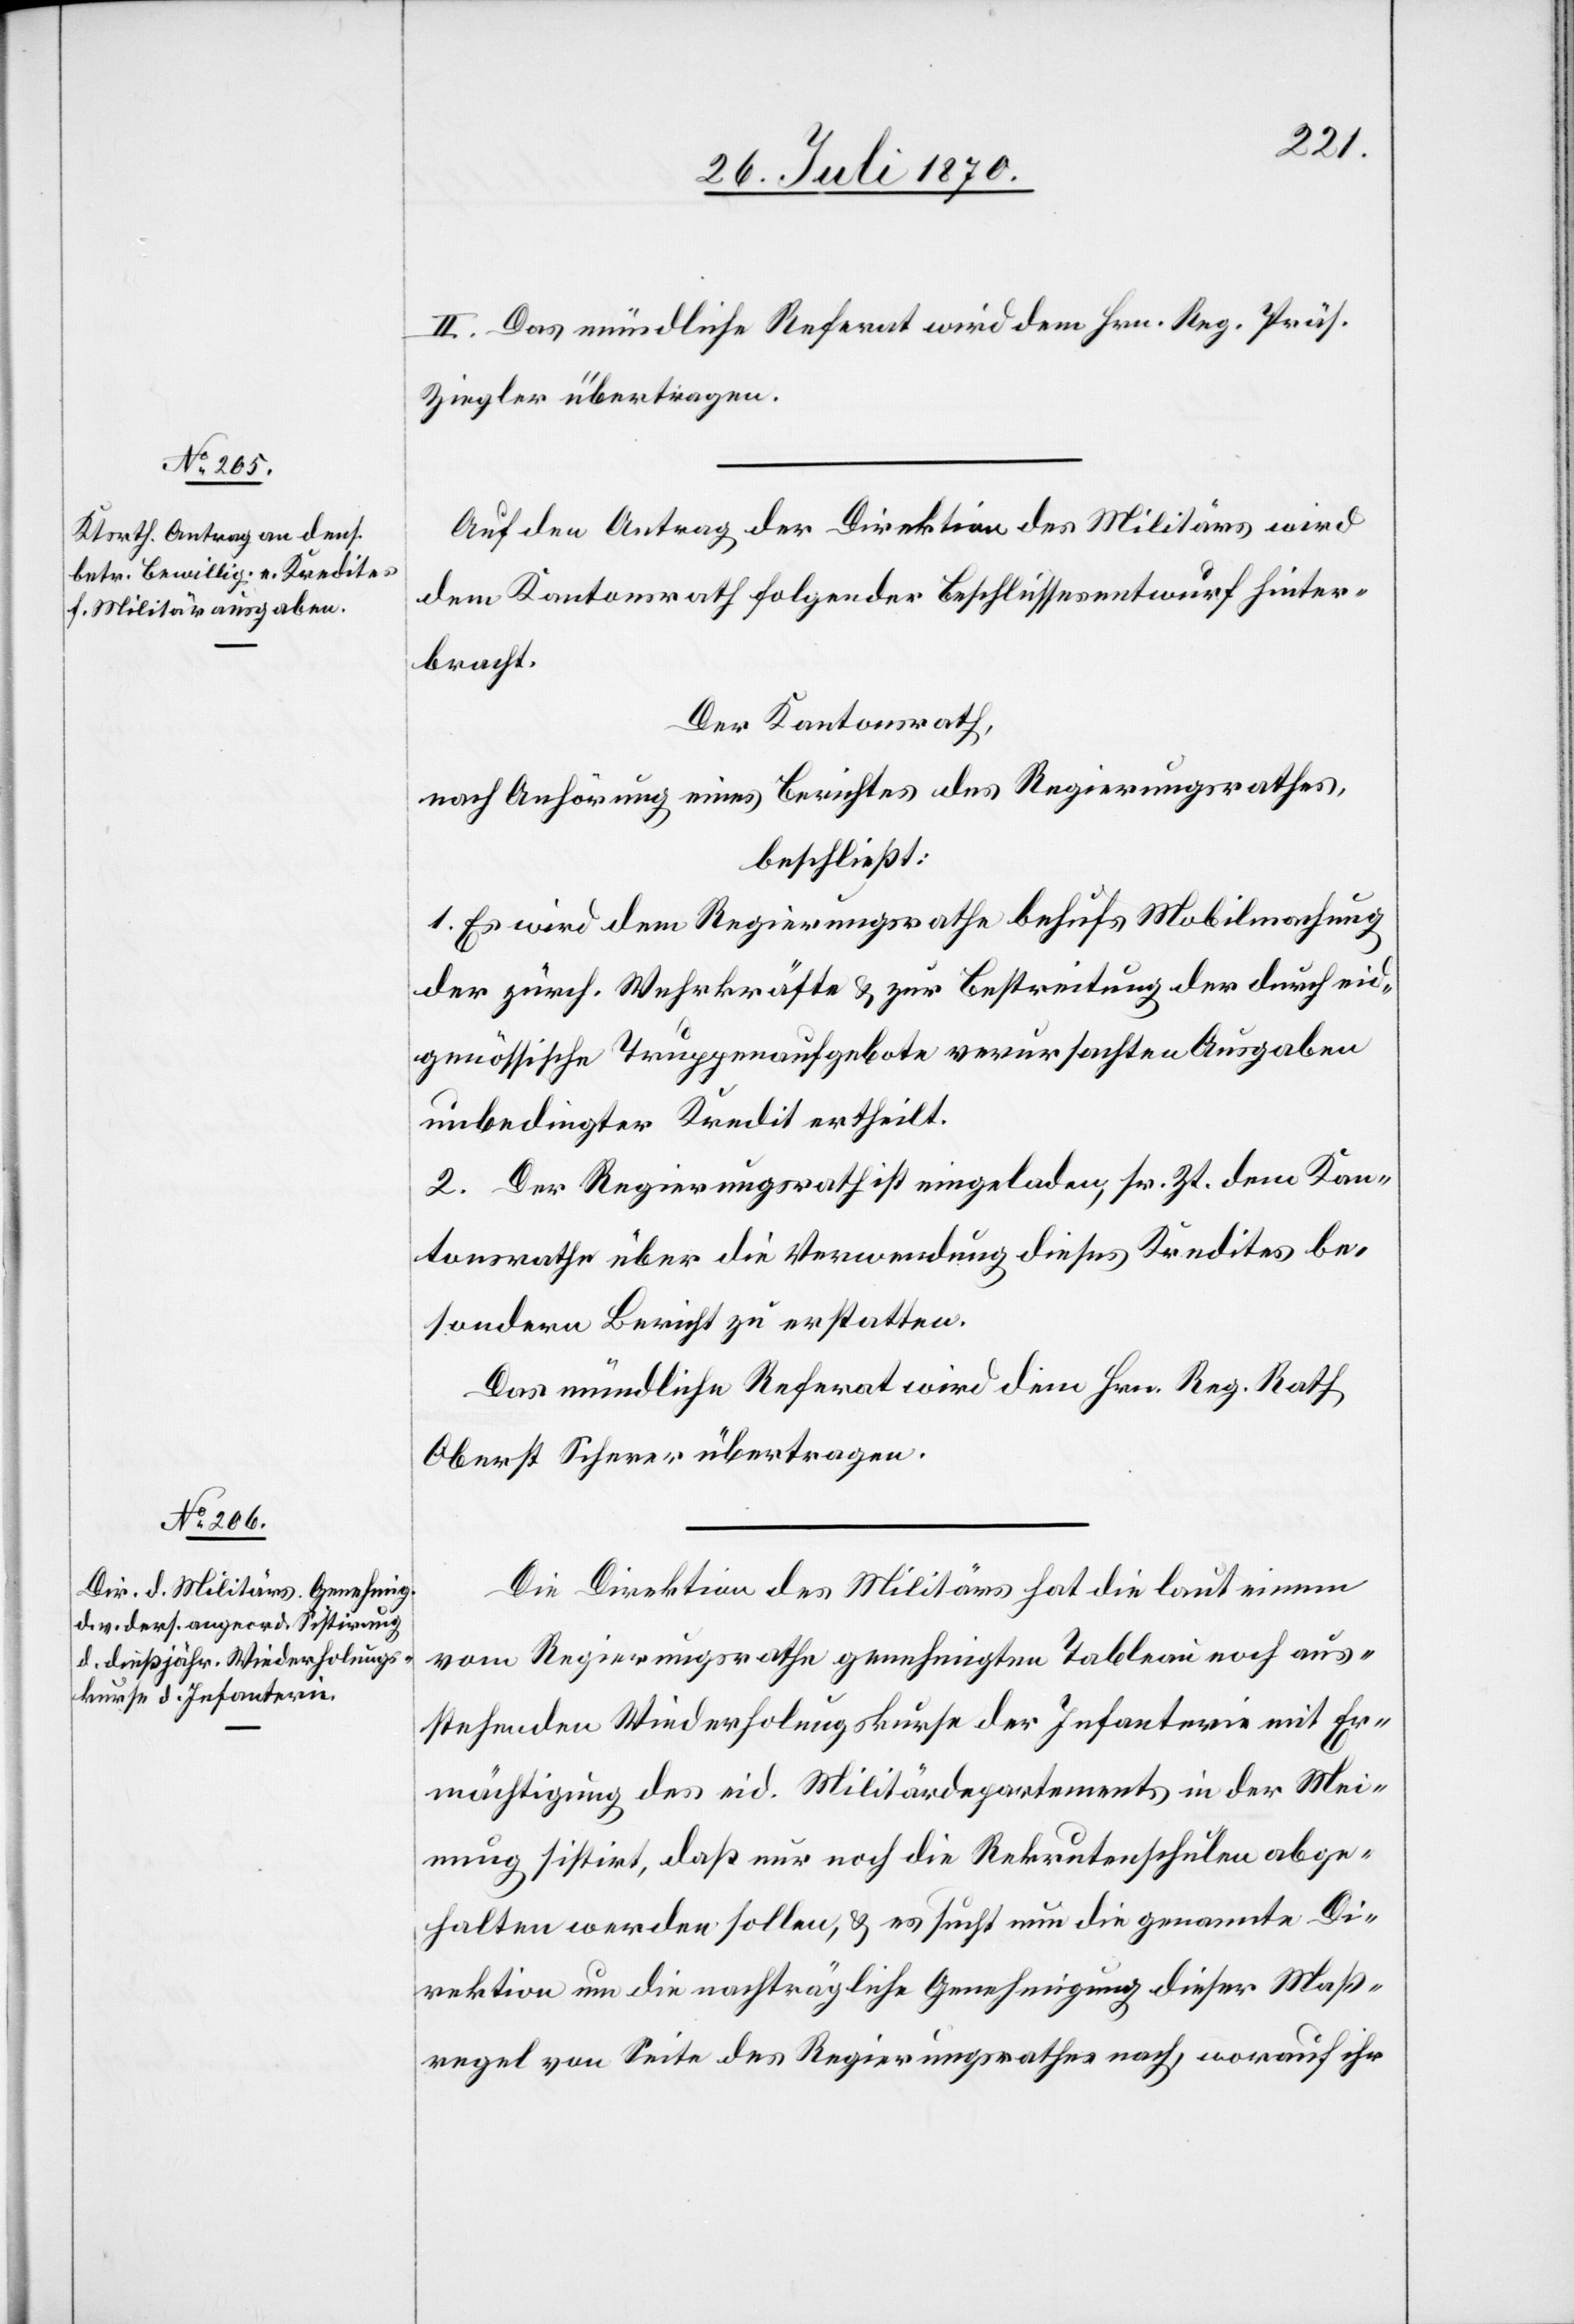
II. Das mündliche Referat wird dem Hrn. Reg. Präs.
Ziegler übertragen.
Auf den Antrag der Direktion des Militärs wird
dem Kantonsrath folgender Beschlussesentwurf hinter¬
bracht.
Der Kantonsrath,
nach Anhörung eines Berichtes des Regierungsrathes,
beschließt:
1. Es wird dem Regierungsrathe behufs Mobilmachung
der zürch. Wehrkräfte & zur Bestreitung der durch eid¬
genössische Truppenaufgebote verursachten Ausgaben
unbedingter Kredit ertheilt.
2. Der Regierungsrath ist eingeladen, sr. Zt. dem Kan¬
tonsrathe über die Verwendung dieses Kredites be¬
sondern Bericht zu erstatten.
Das mündliche Referat wird dem Hrn. Reg. Rath
Oberst Scherer übertragen.
Die Direktion des Militärs hat die laut einem
vom Regierungsrathe genehmigten Tableau noch aus¬
stehenden Wiederholungskurse der Infanterie mit Er¬
mächtigung des eid. Militärdepartements in der Mei¬
nung sistirt, daß nur noch die Rekrutenschulen abge¬
halten werden sollen, & es sucht nun die genannte Di¬
rektion um die nachträgliche Genehmigung dieser Maß¬
regel von Seite des Regierungsrathes nach, worauf ihr